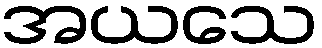
အယသေ